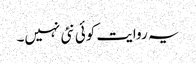
یہ روایت کوئی نئی نہیں۔